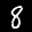
Label: 8